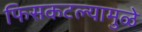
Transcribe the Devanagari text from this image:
फिसकटल्यामुळे